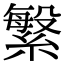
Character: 䌓